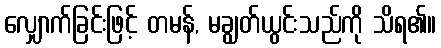
လျှောက်ခြင်းဖြင့် တမန်, မချွတ်ယွင်းသည်ကို သိရ၏။